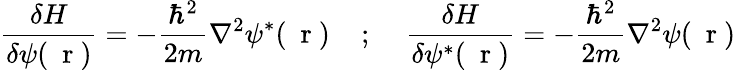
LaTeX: \frac{\delta H}{\delta\psi(\mathrm{~\mathbf~r~})}=-\frac{\hbar^{2}}{2m}\nabla^{2}\psi^{*}(\mathrm{~\mathbf~r~})\; \; \; \; ;\; \; \; \; \frac{\delta H}{\delta\psi^{*}(\mathrm{~\mathbf~r~})}=-\frac{\hbar^{2}}{2m}\nabla^{2}\psi(\mathrm{~\mathbf~r~})